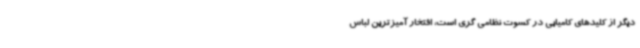
دیگر از کلیدهای کامیابی در کسوت نظامی گری است، افتخار آمیزترین لباس